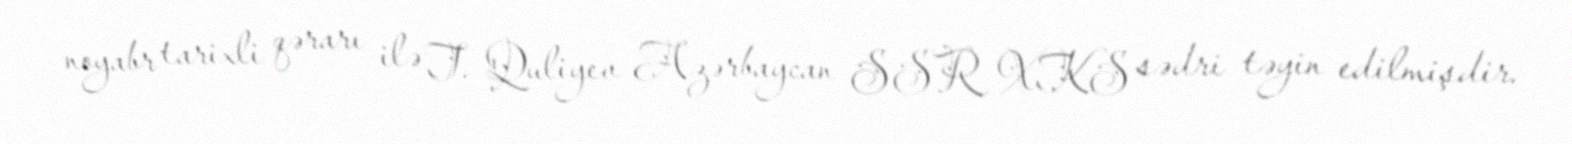
noyabr tarixli qərarı ilə T. Quliyev Azərbaycan SSR XKS sədri təyin edilmişdir.